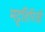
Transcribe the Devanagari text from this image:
मट्टतिरिजी